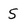
Character: 5